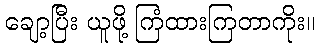
ချော့ပြီး ယူဖို့ ကြံထားကြတာကိုး။